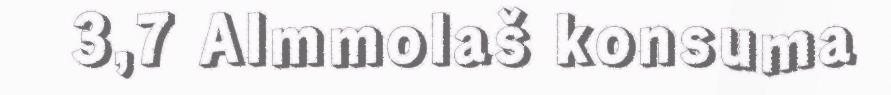
3,7 Almmolaš konsuma